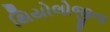
થિયોલોજીના